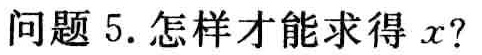
问题 5. 怎样才能求得 \(x\)?